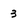
Character: 3